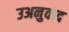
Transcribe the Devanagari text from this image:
उअनुवाद